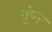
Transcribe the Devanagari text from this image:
गुंण